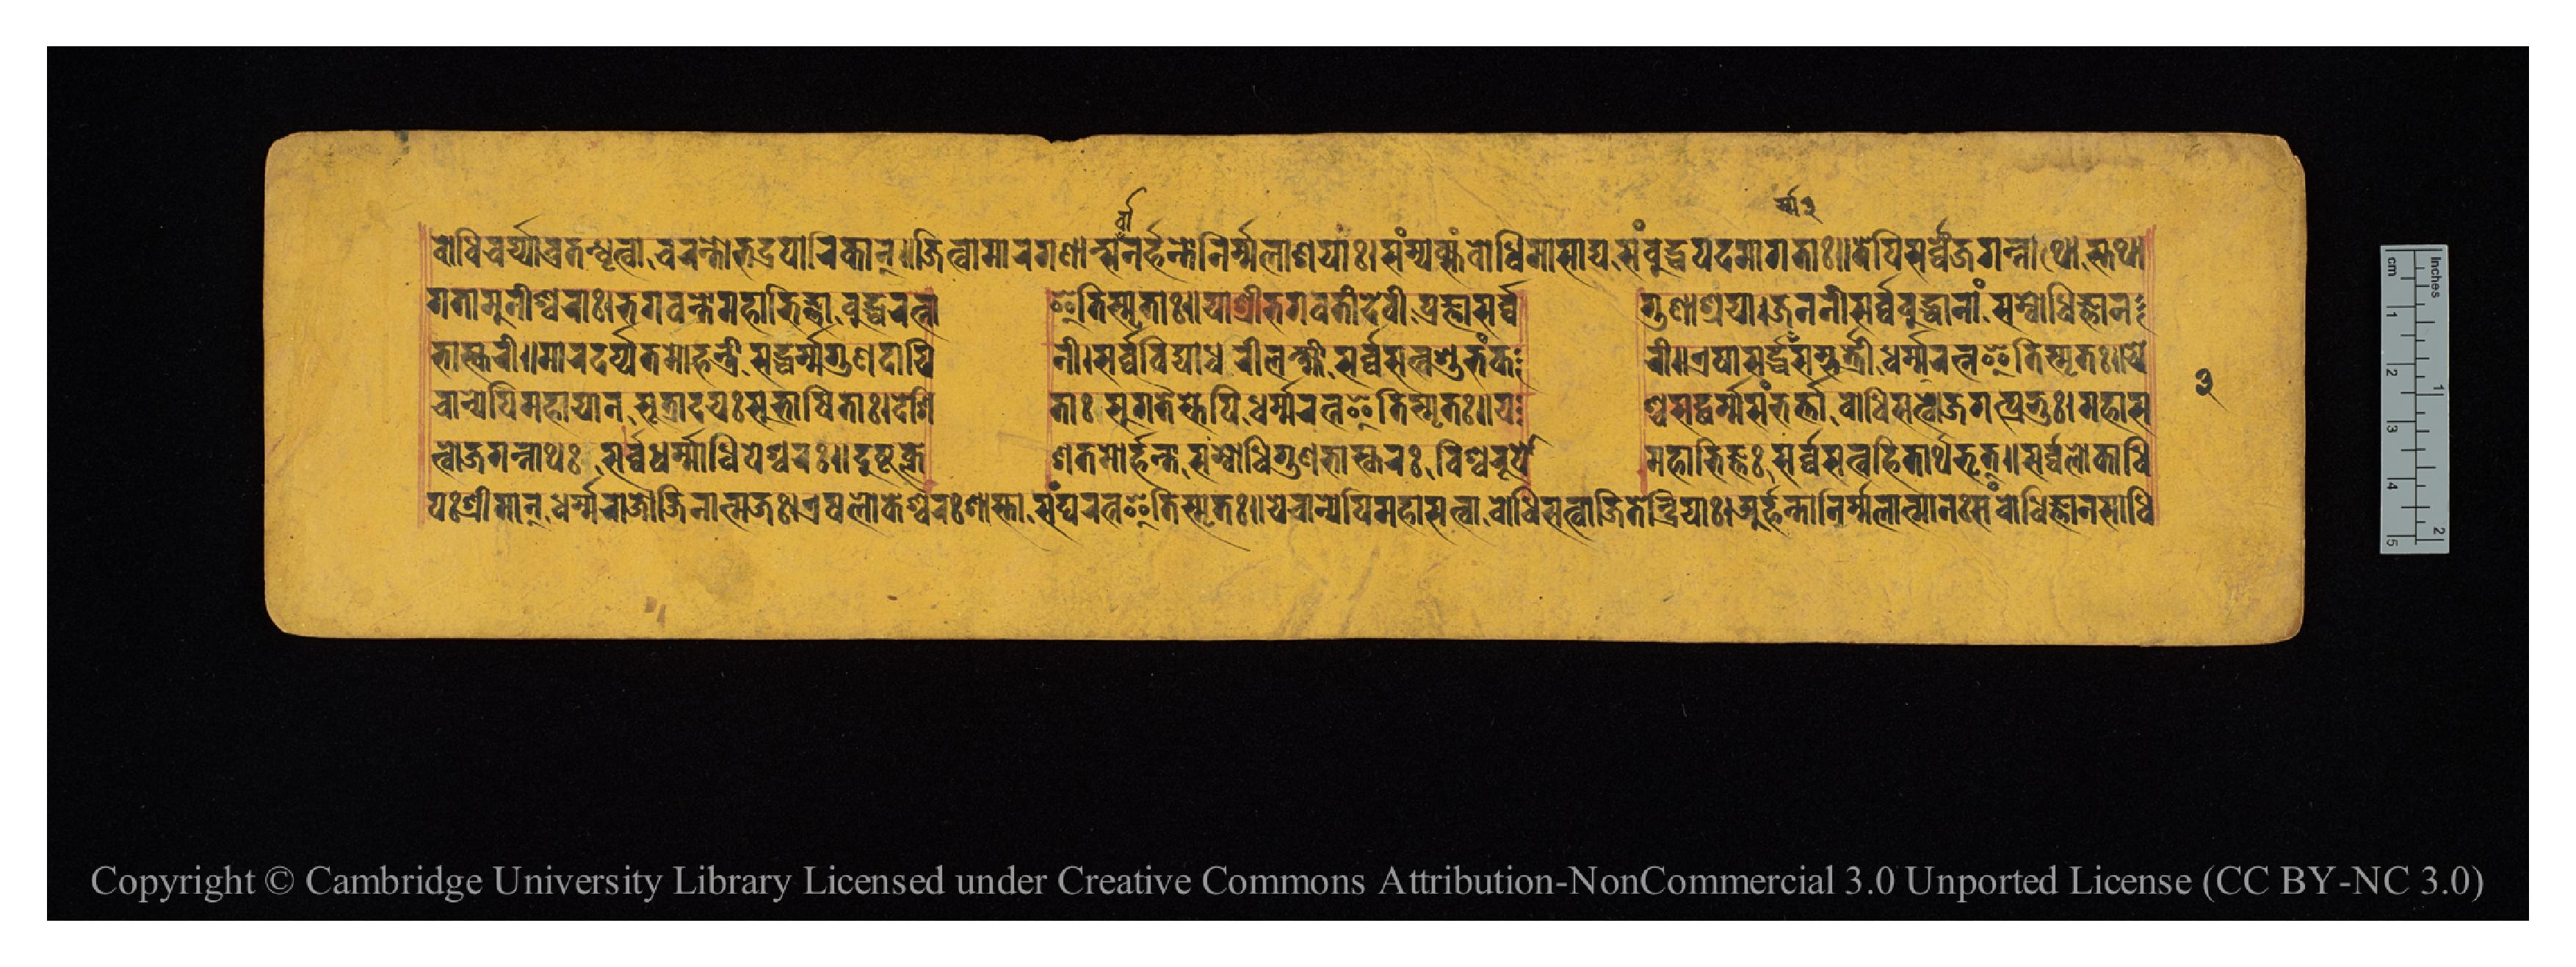
𑐧𑑀𑐢𑐶𑐔𑐬𑑂𑐫𑑂𑐫𑐵𑐰𑑂𑐬𑐟𑑄𑐢𑐺𑐟𑑂𑐰𑐵𑐔𑐬𑐣𑑂𑐟𑑀𑐨𑐡𑑂𑐬𑐔𑐵𑐬𑐶𑐎𑐵𑐣𑑂𑑌𑐖𑐶𑐟𑑂𑐰𑐵𑐩𑐵𑐬𑐐𑐞𑐵𑐣𑑂𑐳𑐬𑑂𑐰𑑂𑐰𑐵𑐣𑐬𑑂𑐴𑐣𑑂𑐟𑑀𑐣𑐶𑐬𑑂𑐩𑐮𑐵𑐱𑐫𑐵𑑅𑑋𑐳𑐩𑑂𑐫𑐎𑑂𑐳𑑄𑐧𑑀𑐢𑐶𑐩𑐵𑐳𑐵𑐡𑑂𑐫𑐳𑑄𑐧𑐸𑐡𑑂𑐢𑐥𑐡𑐩𑐵𑐐𑐟𑐵𑑅𑑌𑐟𑐾𑐥𑐶𑐳𑐬𑑂𑐰𑑂𑐰𑐾𑐖𑐐𑐣𑑂𑐣𑐵𑐠𑐵𑐳𑑂𑐟𑐠𑐵 𑐨𑐵𑐳𑑂𑐎𑐬𑐷𑑌𑐩𑐵𑐬𑐡𑐬𑑂𑐥𑐟𑐩𑑀𑐴𑐣𑑂𑐟𑑂𑐬𑐷𑐳𑐡𑑂𑐢𑐬𑑂𑐩𑑂𑐩𑐐𑐸𑐞𑐡𑐵𑐫𑐶 𑐣𑐷𑑋𑐳𑐬𑑂𑐰𑑂𑐰𑐰𑐶𑐡𑑂𑐫𑐵𑐢𑐬𑐷𑐮𑐎𑑂𑐲𑑂𑐩𑐷𑐳𑐬𑑂𑐰𑑂𑐰𑐳𑐟𑑂𑐰𑐱𑐸𑐨𑑄𑐎 𑐬𑐷𑑌𑐊𑐲𑑅𑐳𑐡𑑂𑐢𑑄𑐳𑑂𑐨𑐬𑑂𑐟𑐵𑐢𑐬𑑂𑐩𑑂𑐩𑐬𑐟𑑂𑐣𑐿𑐟𑐶𑐳𑑂𑐩𑐺𑐟𑑅𑑌𑐫𑐾 𑐐𑐟𑐵𑐩𑐸𑐣𑐷𑐱𑑂𑐰𑐬𑐵𑑅𑑋𑐨𑐐𑐰𑐣𑑂𑐟𑑀𑐩𑐴𑐵𑐨𑐶𑐖𑑂𑐘𑐵𑐧𑐸𑐡𑑂𑐢𑐬𑐟𑑂𑐣𑐵 𑐂𑐟𑐶𑐳𑑂𑐩𑐺𑐟𑐵𑑅𑑌𑐫𑐵𑐱𑑂𑐬𑐷𑐨𑐐𑐰𑐟𑐷𑐡𑐾𑐰𑐷𑐥𑑂𑐬𑐖𑑂𑐘𑐵𑐳𑐬𑑂𑐰𑑂𑐰 𑐐𑐸𑐞𑐵𑐱𑑂𑐬𑐫𑐵𑑋𑐖𑐣𑐣𑐷𑐳𑐬𑑂𑐰𑑂𑐰𑐧𑐸𑐡𑑂𑐢𑐵𑐣𑐵𑑄𑐳𑑄𑐧𑑀𑐢𑐶𑐖𑑂𑐘𑐵𑐣 𑐔𑐵𑐣𑑂𑐫𑐾𑐥𑐶𑐩𑐴𑐵𑐫𑐵𑐣𑐳𑐹𑐟𑑂𑐬𑐵𑐡𑐫𑑅𑐳𑐸𑐨𑐵𑐲𑐶𑐟𑐵𑑅𑑋𑐡𑐾𑐱𑐶 𑐟𑐵𑑅𑐳𑐸𑐐𑐟𑐿𑐳𑑂𑐟𑐾𑐥𑐶𑐢𑐬𑑂𑐩𑑂𑐩𑐬𑐟𑑂𑐣𑐿𑐟𑐶𑐳𑑂𑐩𑐺𑐟𑑅𑑋𑐫 𑐱𑑂𑐔𑐳𑐡𑑂𑐢𑐬𑑂𑐩𑑂𑐩𑐳𑑄𑐨𑐬𑑂𑐟𑑂𑐟𑐵𑐧𑑀𑐢𑐶𑐳𑐟𑑂𑐰𑑀𑐖𑐐𑐟𑑂𑐥𑑂𑐬𑐨𑐸𑑅𑑋𑐩𑐴𑐵𑐳 𑐟𑑂𑐰𑑀𑐖𑐐𑐣𑑂𑐣𑐵𑐠𑑅𑐳𑐬𑑂𑐰𑑂𑐰𑐢𑐬𑑂𑐩𑐵𑐢𑐶𑐥𑐾𑐱𑑂𑐰𑐬𑑅𑑌𑐡𑐸𑐲𑑂𑐚𑐎𑑂𑐮𑐾 𑐱𑐟𑐩𑑀𑐴𑐣𑑂𑐟𑐵,𑐳𑑄𑐧𑑀𑐢𑐶𑐐𑐶𑐞𑐨𑐵𑐳𑑂𑐎𑐬𑑅𑐰𑐶𑐱𑑂𑐰𑐬𑐸𑐥𑑀 𑐩𑐴𑐵𑐨𑐶𑐖𑑂𑐘𑑅𑐳𑐬𑑂𑐰𑑂𑐰𑐳𑐟𑑂𑐰𑐴𑐶𑐟𑐵𑐬𑑂𑐠𑐨𑐺𑐟𑑂𑑌𑐳𑐬𑑂𑐰𑑂𑐰𑐮𑑀𑐎𑐵𑐢𑐶 𑐥𑑅𑐱𑑂𑐬𑐷𑐩𑐵𑐣𑑂,𑐢𑐬𑑂𑐩𑑂𑐩𑐬𑐵𑐖𑑀𑐖𑐶𑐣𑐵𑐟𑑂𑐩𑐖𑑅𑑋𑐊𑐲𑐮𑑀𑐎𑐾𑐱𑑂𑐰𑐬𑑅𑐱𑐵𑐳𑑂𑐟𑐵,𑐳𑑄𑐑𑐬𑐟𑑂𑐣𑐿𑐟𑐶𑐳𑑂𑐩𑐺𑐟𑑅𑑌𑐫𑐾𑐔𑐵𑐣𑑂𑐫𑐾𑐥𑐶𑐩𑐴𑐵𑐳𑐟𑑂𑐰𑐵,𑐧𑑀𑐢𑐶𑐳𑐟𑑂𑐰𑐵𑐖𑐶𑐟𑐾𑐣𑑂𑐡𑑂𑐬𑐶𑐫𑐵𑑅𑑋𑐀𑐬𑑂𑐴𑐣𑑂𑐟𑑀𑐣𑐶𑐬𑑂𑐩𑐮𑐵𑐟𑑂𑐩𑐵𑐣𑑅𑐳𑑄𑐧𑑀𑐢𑐶𑐖𑑂𑐘𑐵𑐣𑐳𑐵𑐢𑐶 𑑓